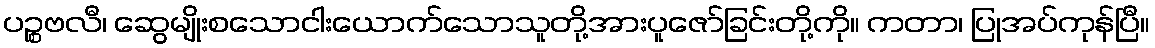
ပဉ္စဗလီ၊ ဆွေမျိုးစသောငါးယောက်သောသူတို့အားပူဇော်ခြင်းတို့ကို။ ကတာ၊ ပြုအပ်ကုန်ပြီ။